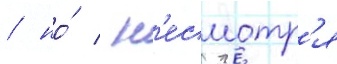
/ но́ / н'есмотр'я